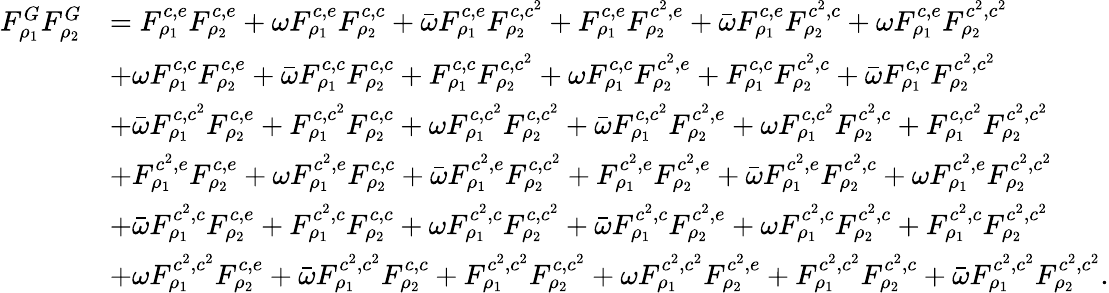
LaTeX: \begin{array}{rl}{F_{\rho_{1}}^{G}F_{\rho_{2}}^{G}}&{=F_{\rho_{1}}^{c,e}F_{\rho_{2}}^{c,e}+\omega F_{\rho_{1}}^{c,e}F_{\rho_{2}}^{c,c}+\bar{\omega}F_{\rho_{1}}^{c,e}F_{\rho_{2}}^{c,c^{2}}+F_{\rho_{1}}^{c,e}F_{\rho_{2}}^{c^{2},e}+\bar{\omega}F_{\rho_{1}}^{c,e}F_{\rho_{2}}^{c^{2},c}+\omega F_{\rho_{1}}^{c,e}F_{\rho_{2}}^{c^{2},c^{2}}}\\ &{+\omega F_{\rho_{1}}^{c,c}F_{\rho_{2}}^{c,e}+\bar{\omega}F_{\rho_{1}}^{c,c}F_{\rho_{2}}^{c,c}+F_{\rho_{1}}^{c,c}F_{\rho_{2}}^{c,c^{2}}+\omega F_{\rho_{1}}^{c,c}F_{\rho_{2}}^{c^{2},e}+F_{\rho_{1}}^{c,c}F_{\rho_{2}}^{c^{2},c}+\bar{\omega}F_{\rho_{1}}^{c,c}F_{\rho_{2}}^{c^{2},c^{2}}}\\ &{+\bar{\omega}F_{\rho_{1}}^{c,c^{2}}F_{\rho_{2}}^{c,e}+F_{\rho_{1}}^{c,c^{2}}F_{\rho_{2}}^{c,c}+\omega F_{\rho_{1}}^{c,c^{2}}F_{\rho_{2}}^{c,c^{2}}+\bar{\omega}F_{\rho_{1}}^{c,c^{2}}F_{\rho_{2}}^{c^{2},e}+\omega F_{\rho_{1}}^{c,c^{2}}F_{\rho_{2}}^{c^{2},c}+F_{\rho_{1}}^{c,c^{2}}F_{\rho_{2}}^{c^{2},c^{2}}}\\ &{+F_{\rho_{1}}^{c^{2},e}F_{\rho_{2}}^{c,e}+\omega F_{\rho_{1}}^{c^{2},e}F_{\rho_{2}}^{c,c}+\bar{\omega}F_{\rho_{1}}^{c^{2},e}F_{\rho_{2}}^{c,c^{2}}+F_{\rho_{1}}^{c^{2},e}F_{\rho_{2}}^{c^{2},e}+\bar{\omega}F_{\rho_{1}}^{c^{2},e}F_{\rho_{2}}^{c^{2},c}+\omega F_{\rho_{1}}^{c^{2},e}F_{\rho_{2}}^{c^{2},c^{2}}}\\ &{+\bar{\omega}F_{\rho_{1}}^{c^{2},c}F_{\rho_{2}}^{c,e}+F_{\rho_{1}}^{c^{2},c}F_{\rho_{2}}^{c,c}+\omega F_{\rho_{1}}^{c^{2},c}F_{\rho_{2}}^{c,c^{2}}+\bar{\omega}F_{\rho_{1}}^{c^{2},c}F_{\rho_{2}}^{c^{2},e}+\omega F_{\rho_{1}}^{c^{2},c}F_{\rho_{2}}^{c^{2},c}+F_{\rho_{1}}^{c^{2},c}F_{\rho_{2}}^{c^{2},c^{2}}}\\ &{+\omega F_{\rho_{1}}^{c^{2},c^{2}}F_{\rho_{2}}^{c,e}+\bar{\omega}F_{\rho_{1}}^{c^{2},c^{2}}F_{\rho_{2}}^{c,c}+F_{\rho_{1}}^{c^{2},c^{2}}F_{\rho_{2}}^{c,c^{2}}+\omega F_{\rho_{1}}^{c^{2},c^{2}}F_{\rho_{2}}^{c^{2},e}+F_{\rho_{1}}^{c^{2},c^{2}}F_{\rho_{2}}^{c^{2},c}+\bar{\omega}F_{\rho_{1}}^{c^{2},c^{2}}F_{\rho_{2}}^{c^{2},c^{2}}.}\end{array}